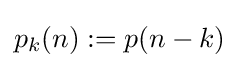
p_{k}(n):=p(n-k)